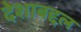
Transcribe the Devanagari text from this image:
देशाबद्दल